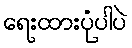
ရေးထားပုံပါပဲ